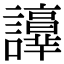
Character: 𧭺